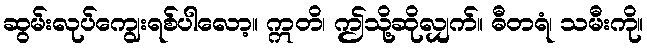
ဆွမ်းလုပ်ကျွေးရစ်ပါလော့။ ဣတိ၊ ဤသို့ဆိုလျှက်။ ဓီတရံ၊ သမီးကို။